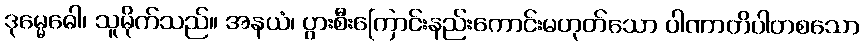
ဒုမ္မေဓေါ၊ သူမိုက်သည်။ အနယံ၊ ပွားစီးကြောင်းနည်းကောင်းမဟုတ်သော ပါဏာတိပါတစသော